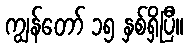
ကျွန်တော် ၁၅ နှစ်ရှိပြီ။